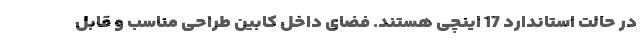
در حالت استاندارد 17 اینچی هستند. فضای داخل کابین طراحی مناسب و قابل